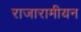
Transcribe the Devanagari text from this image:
राजारामीयन